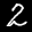
Label: 2